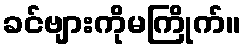
ခင်ဗျားကိုမကြိုက်။